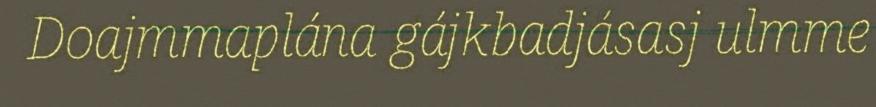
Doajmmaplána gájkbadjásasj ulmme